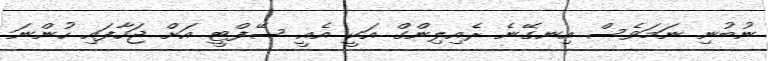
ނުބުނި ނަމަވެސް އިނގޭނެ ރެއިލިންގް އަކީ އެއީ ސޭފްޓީ އަށް ޖަހާފައި ހުންނަ